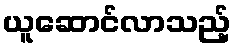
ယူဆောင်လာသည့်